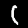
Label: 1